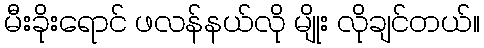
မီးခိုးရောင် ဖလန်နယ်လို မျိုး လိုချင်တယ်။